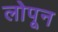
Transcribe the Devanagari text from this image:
लोपून